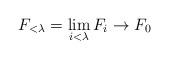
LaTeX: \begin{align*}F_{<\lambda}=\lim_{i<\lambda}F_i \to F_0\end{align*}